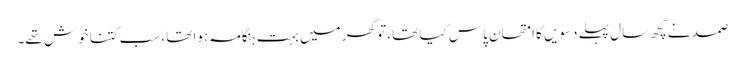
صمد نے کچھ سال پہلے دسویں کا امتحان پاس کیا تھا، تو گھر میں بہت ہنگامہ ہوا تھا، سب کتنا خوش تھے۔